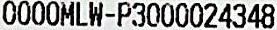
0000MLW-P3000024348